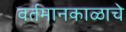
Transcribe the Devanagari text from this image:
वर्तमानकाळाचे